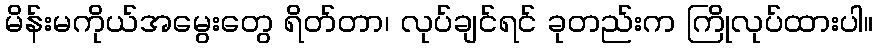
မိန်းမကိုယ်အမွေးတွေ ရိတ်တာ၊ လုပ်ချင်ရင် ခုတည်းက ကြိုလုပ်ထားပါ။